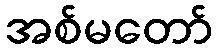
အစ်မတော်